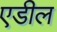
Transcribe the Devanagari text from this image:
एडील